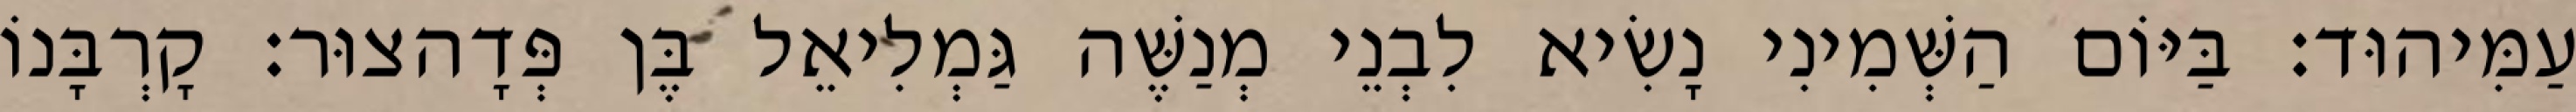
עַמִּיהוּד׃ בַּיּוֹם הַשְּׁמִינִי נָשִׂיא לִבְנֵי מְנַשֶּׁה גַּמְלִיאֵל בֶּן פְּדָהצוּר׃ קָרְבָּנוֹ